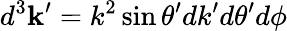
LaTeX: d^{3}\mathbf{k}^{\prime}=k^{2}\sin\theta^{\prime}dk^{\prime}d\theta^{\prime}d\phi